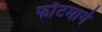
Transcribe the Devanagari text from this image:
फाँटमागे